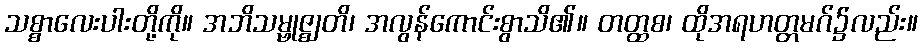
သစ္စာလေးပါးတို့ကို။ အဘိသမ္ဗုဇ္ဈတိ၊ အလွန်ကောင်းစွာသိ၏။ တတ္ထစ၊ ထိုအရဟတ္တမဂ်၌လည်း။